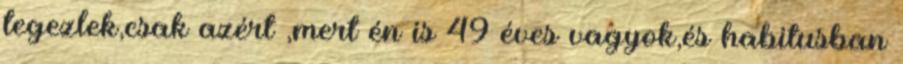
tegezlek,csak azért ,mert én is 49 éves vagyok,és habitusban